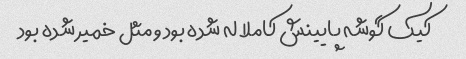
کیک گوشه پایینش کاملا له شده بود و مثل خمیر شده بود